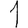
Digit: 1